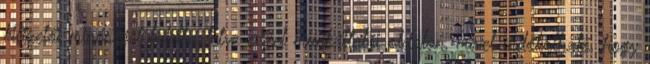
kifizetői minőséget keletkeztetve ezzel munkáltatói oldalon, mivel indokolható, hogy